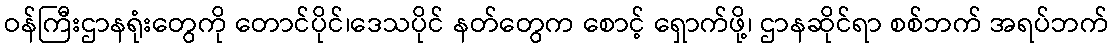
ဝန်ကြီးဌာနရုံးတွေကို တောင်ပိုင်၊ဒေသပိုင် နတ်တွေက စောင့် ရှောက်ဖို့၊ ဌာနဆိုင်ရာ စစ်ဘက် အရပ်ဘက်